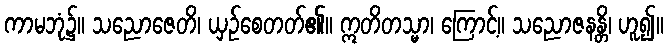
ကာမဘုံ၌။ သညောဇေတိ၊ ယှဉ်စေတတ်၏။ ဣတိတသ္မာ၊ ကြောင့်။ သညောဇနန္တိ၊ ဟူ၍။